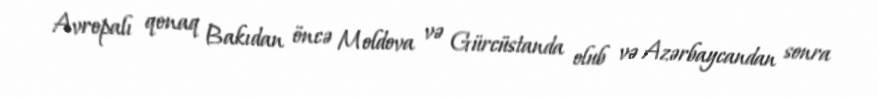
Avropalı qonaq Bakıdan öncə Moldova və Gürcüstanda olub və Azərbaycandan sonra